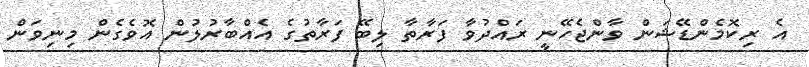
އެ ރިކޮމެންޑޭޝަން ވާންޖެހޭނީ ރައްދުވާ ފަރާތާ ލިބޭ ފަރާތުގެ އެއްބާރުލުން އޮވެގެން މިނިވަން